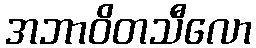
အဘာဝိတသီလော